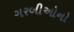
ગરબીઓનો